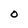
Character: O